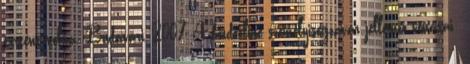
történt volna. Budavári, 2007 A borderline személyiségzavar jellemző vonásai: